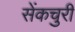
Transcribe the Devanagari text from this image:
सेंकचुरी